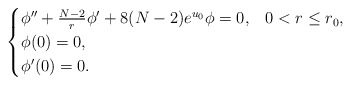
\begin{align*}\begin{cases}\phi''+\frac{N-2}{r}\phi'+8(N-2)e^{u_0}\phi=0, & 0<r\le r_0,\\\phi(0)=0,\\\phi'(0)=0.\end{cases}\end{align*}